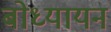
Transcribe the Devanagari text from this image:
बोध्यायन